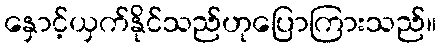
နှောင့်ယှက်နိုင်သည်ဟုပြောကြားသည်။